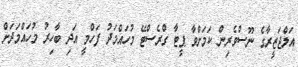
އަލްޖަޒީރާގެ ނޫސްވެރިން ކަމަށްވާ ޕީޓާ ގްރެސްޓޭ މުހައްމަދު ފަހްމީ އަދި ބާހިރު މުހައްމަދަށް